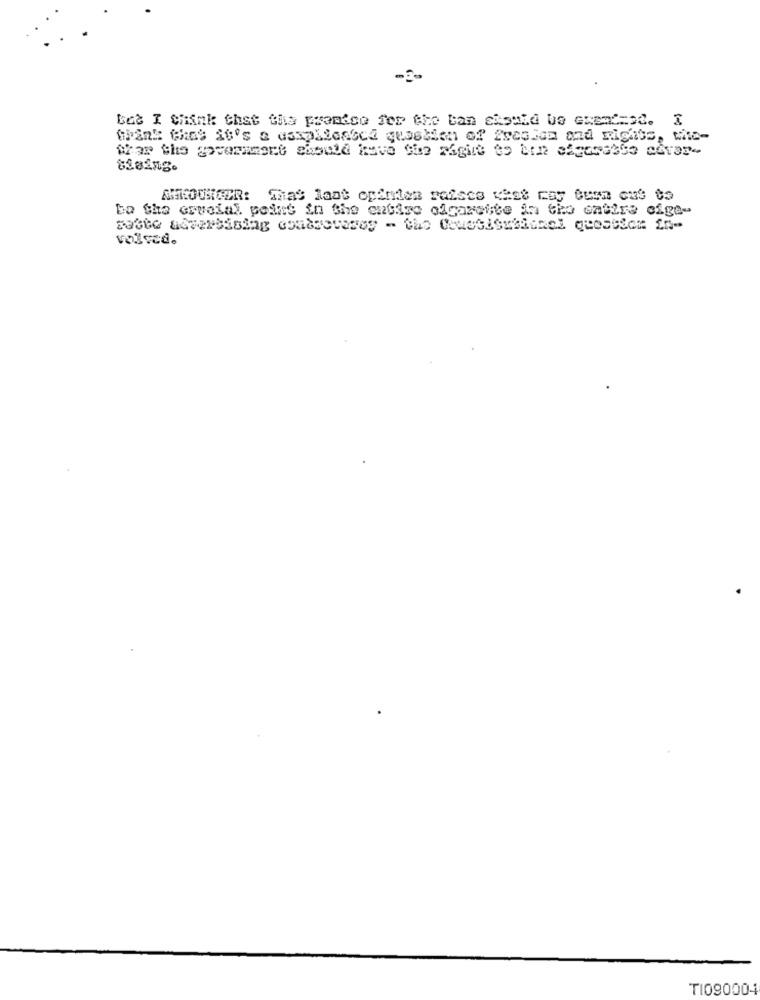
But I Chink Chat the promise for the ban should be exend=od. I
Ahar the government essold have the right to him sigarette adres-
ba She ervoial point in the entire cigarette in the entire eige-
volved.
TI090004